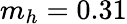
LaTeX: m_{h}=0.31